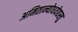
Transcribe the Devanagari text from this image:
अमितान्योधयेद्यस्तु